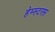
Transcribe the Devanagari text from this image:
हेम्स्टरस